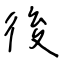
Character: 後